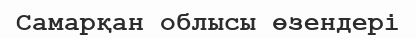
Самарқан облысы өзендері